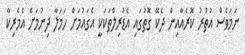
ނަމަވެސް އުތުރު ކޮރެއާއިން ދެކޭ ގޮތުގައި އެޑުރިލްތަކަކީ އެގައުމަށް ހަމަލާ ދިނުމަށް އެމެރިކާ